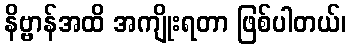
နိဗ္ဗာန်အထိ အကျိုးရတာ ဖြစ်ပါတယ်၊